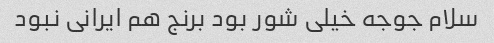
سلام جوجه خیلی شور بود برنج هم ایرانی نبود